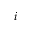
i